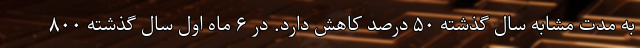
به مدت مشابه سال گذشته ۵۰ درصد کاهش دارد. در ۶ ماه اول سال گذشته ۸۰۰